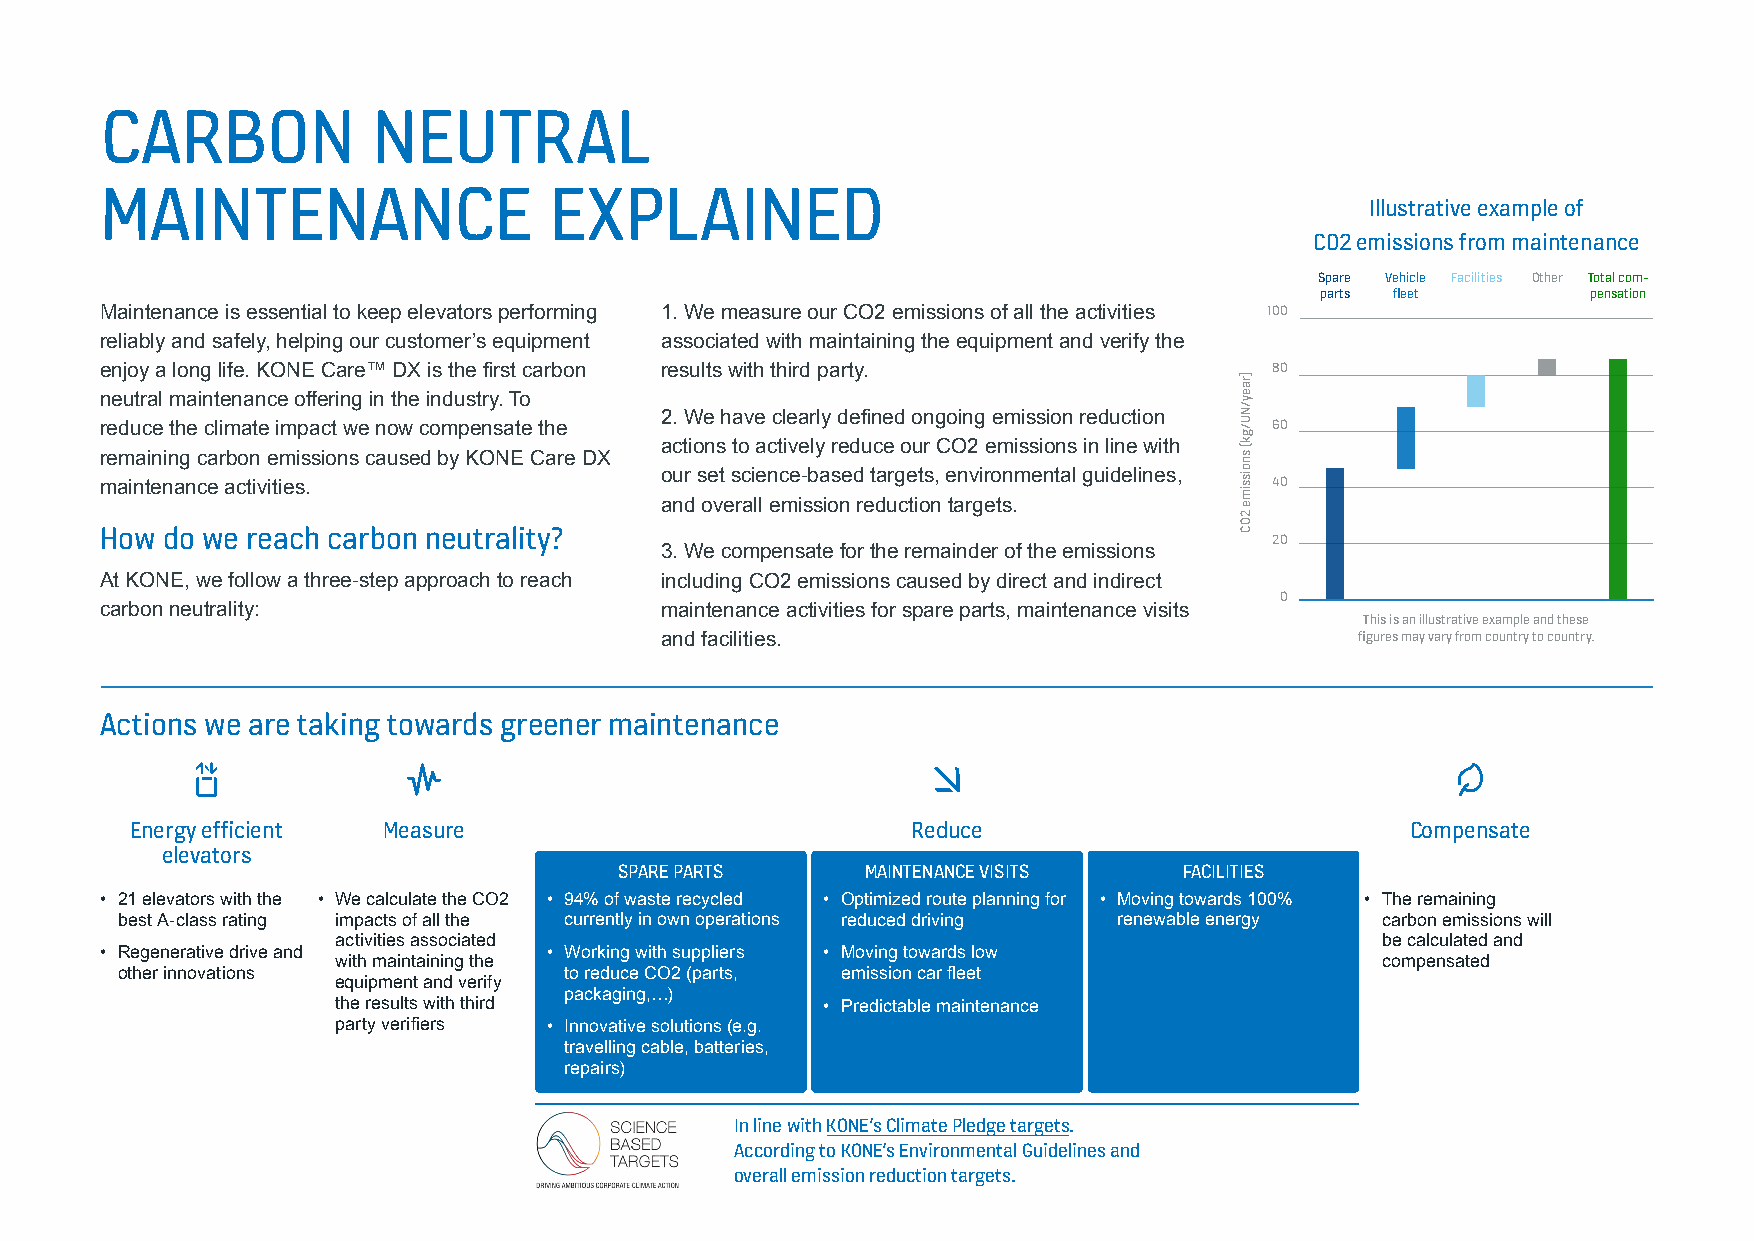
CARBON            NEUTRAL
 MAINTENANCE                  EXPLAINED
 Illustrative example of
 CO2 emissions from maintenance
 Spare Vehicle Facilities Other Total com-
 parts fleet       pensation
 Maintenance is essential to keep elevators performing 1. We measure our CO2 emissions of all the activities 100
 reliably and safely, helping our customer’s equipment associated with maintaining the equipment and verify the
 enjoy a long life. KONE Care™ DX is the first carbon results with third party. 80
 neutral maintenance offering in the industry. To
 2. We have clearly defined ongoing emission reduction
 reduce the climate impact we now compensate the                              60
 actions to actively reduce our CO2 emissions in line with
 remaining carbon emissions caused by KONE Care DX
 our set science-based targets, environmental guidelines,
 maintenance activities.                                                      40
 and overall emission reduction targets.
 How do we reach carbon neutrality?
 20
 3. We compensate for the remainder of the emissions
 At KONE, we follow a three-step approach to reach including CO2 emissions caused by direct and indirect
 0
 carbon neutrality:                   maintenance activities for spare parts, maintenance visits
 This is an illustrative example and these
 and facilities.                               figures may vary from country to country.
 Actions we are taking towards greener maintenance
 Energy efficient Measure                           Reduce                           Compensate
 elevators
 SPARE PARTS     MAINTENANCE VISITS   FACILITIES
 • 21 elevators with the • We calculate the CO2 • 94% of waste recycled • Optimized route planning for • Moving towards 100% • The remaining
 best A-class rating impacts of all the currently in own operations reduced driving renewable energy carbon emissions will
 activities associated                                                be calculated and
 • Regenerative drive and     • Working with suppliers • Moving towards low
 with maintaining the                                                 compensated
 other innovations            to reduce CO2 (parts, emission car fleet
 equipment and verify
 packaging,…)
 the results with third          • Predictable maintenance
 party verifiers • Innovative solutions (e.g.
 travelling cable, batteries,
 repairs)
 In line with KONE’s Climate Pledge targets.
 According to KONE’s Environmental Guidelines and
 overall emission reduction targets.
 )raey/NU/gk(
 snoissime
 2OC